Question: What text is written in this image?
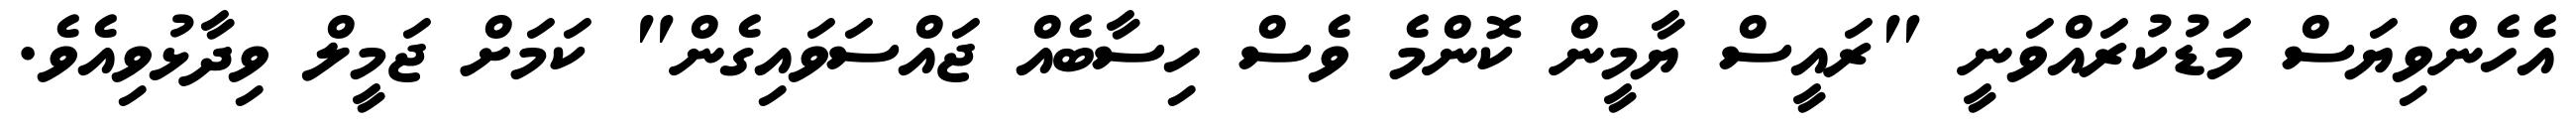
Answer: އެހެންވިޔަސް މަޑުކުރައްވަނީ "ރައީސް ޔާމީން ކޮންމެ ވެސް ހިސާބެއް ޖައްސަވައިގެން" ކަމަށް ޖަމީލް ވިދާޅުވިއެވެ.